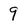
Character: 9